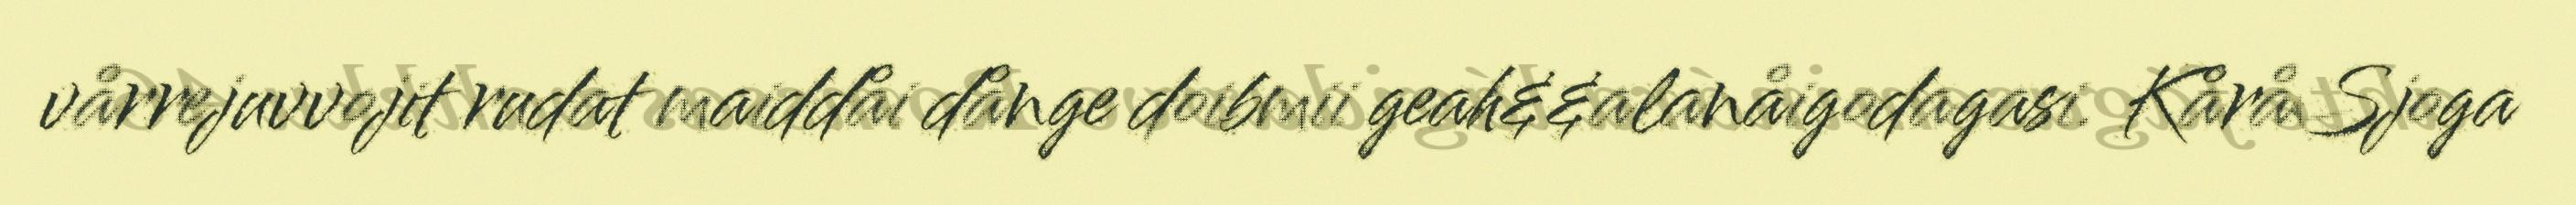
vårrejuvvojit rudat maiddåi dånge doibmii geah&&alanåigodagasi. KåråSjoga